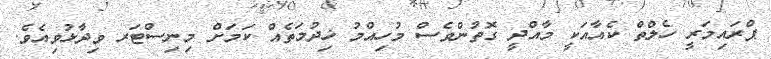
ޕްރައިމަރީ ހެލްތް ކެއާއަކީ މާއްދީ ގޮތުންވެސް މުހިއްމު ޚިދުމަތެއް ކަމަށް މިނިސްޓަރ ވިދާޅުވިއެވެ.